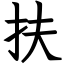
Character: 扶